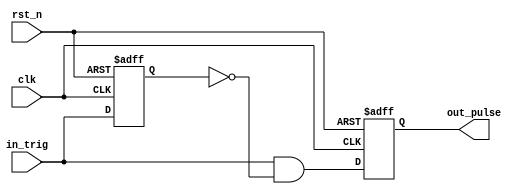
`timescale 1ns / 1ps
//////////////////////////////////////////////////////////////////////////////////
// Company: 
// Engineer: 
// 
// Design Name: 
// Module Name: one_pulse
// Project Name: 
// Target Devices: 
// Tool Versions: 
// Description: 
// 
// Dependencies: 
// 
// Revision:
// Revision 0.01 - File Created
// Additional Comments:
// 
//////////////////////////////////////////////////////////////////////////////////


module one_pulse(clk, rst_n, in_trig, out_pulse);

    input clk;
    input rst_n;
    input in_trig;
    output reg out_pulse;

    reg in_trig_delay;
    reg out_pulse_next;

    //buffer input
    always@(posedge clk or negedge rst_n)
    begin
        if(~rst_n)
            begin
                in_trig_delay <= 1'b0;
            end
        else
            begin
                in_trig_delay <= in_trig;
            end
    end

    //pulse generation
    always@*
    begin
        out_pulse_next = in_trig & (~in_trig_delay);
    end

    always@(posedge clk or negedge rst_n)
    begin
        if(~rst_n)
            begin
                out_pulse <= 1'b0;
            end
        else
            begin
                out_pulse <= out_pulse_next;
            end
    end

endmodule